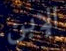
الإبن